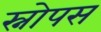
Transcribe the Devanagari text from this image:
स्नोपस